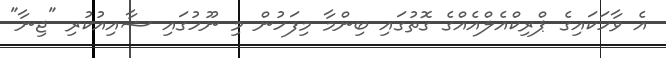
އެ ވާހަކައިގެ ޕްރިކްއެލްއެއްގެ ގޮތުގައި ބިންމާ މިފަހުން މި ނޫހުގައި ޝާއިއުކުރި "ޖިނާ"